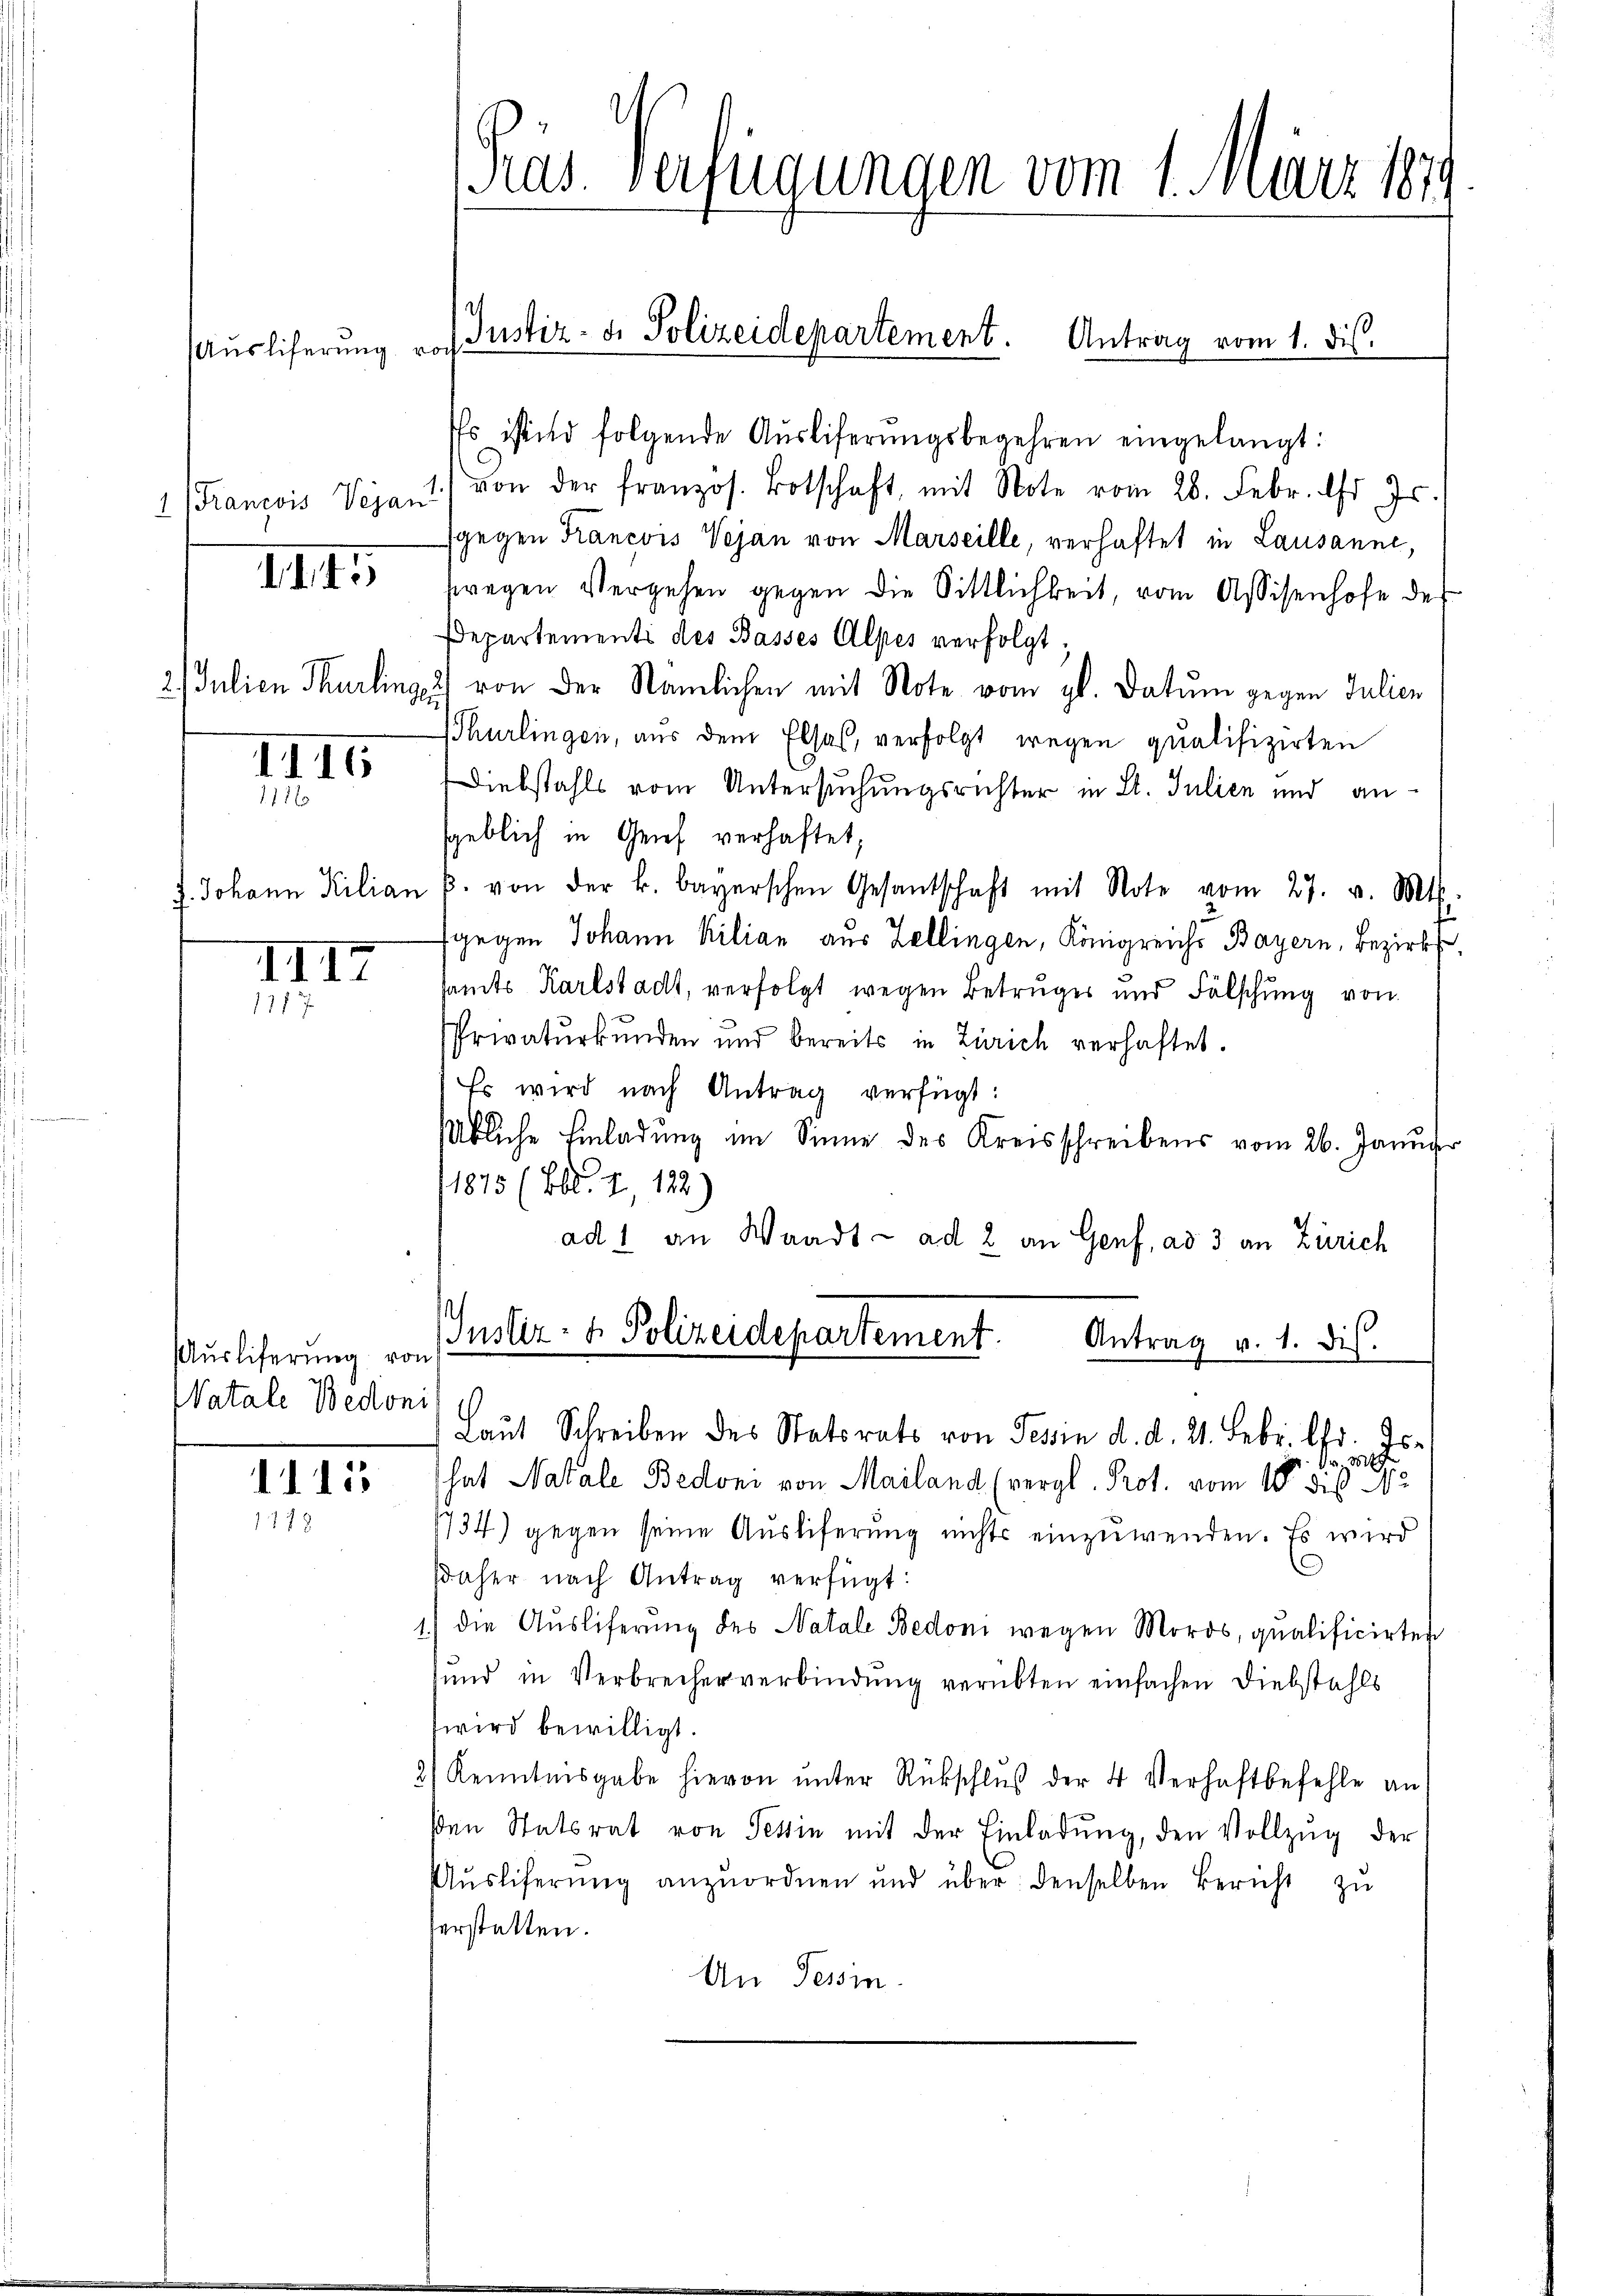
Auslicherung vor
Franzoso Vejan
1

IIII5

III5
111

III
111 7

Auslieferung von
Natale Bedoni

1115
1718

Pras Verfügungen vom 1. März 1891

Es istind folgende Aŭsliferŭngsbegehren eingelangt:
von der französ. Botschaft, mit Note vom 28. Febr. d. Js.
sgegen Krancois Vejan von Marseille, verhaftet in Lausanne,
swegen Vergehen gegen die Sittlichkeit, vom Assisenhofe des
Departements des Basses Alpes verfolgt;
21 Julien Thurlinge) von der Nämlichen mit Note vom gl. Datum gegen Julien
(Thurlingen, aus dem Elsas, verfolgt wegen qualifizirten
Diebstahls vom Untersuchungsrichter in St. Julien und ansgeblich in Genf verhaftet,
f. Johann Kilian B. von der k. bayerschen Gesantschaft mit Note vom 27. v. Mts.
fgegen Johann Kilian aus Zellingen, Königreiche Bayern, Bezirks,
samts Karlstadt, verfolgt wegen Betruges und Fälschung von
Privatŭrkŭnden und bereits in Zürich verhaftet.
Es wird nach Antrag verfügt:
Übliche Einladung im Sinne des Kreisschreibens vom 26. Januar
1875 (Bd. I 122.
ad 1 an Waadt - ad 2 an Genf, ad 3 an Zürich
IInstiz- & Polizeidepartement. Antrag v. 1. dies

Justiz- & Polizeidepartement. Antrag vom 1. dis.

Laut Schreiben des Statsrats von Tessin d. d. 21. Febr. l. Js.

hat Natale Bedoni von Mailand (vergl. Prot. vom 10ten
1734) gegen seine Ausliferung nichts einzuwenden. Es wird
daher nach Antrag verfügt:
11 die Aŭsliferung des Natale Bedoni wegen Moros, qualificirten
sund in Verbrecher verbindŭng verübten einfachen Diebstahls
wird bewilligt.
2) Kenntnisgabe hievon unter Rückschluß der 4 Verhaftbefehle an
sen Statsrat von Tessin mit der Einladŭng, den Vollzŭg der
Aŭsliferŭng anzŭordnen und über denselben Bericht zu
erstatten.
An Tessin.